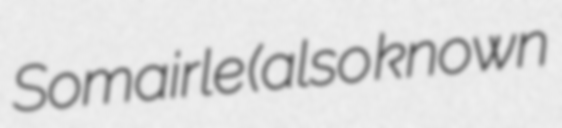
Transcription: Somairle (also known